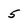
Character: 5